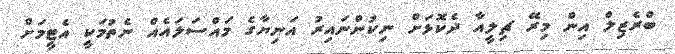
ބްރެޒިލް އިން މިރޭ ޗިލީއާ ދެކޮޅަށް ނިކުންނައިރު އަނިޔާގެ މައްސަލައެއް ނެތުމަކީ އެޓީމަށް